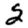
Digit: 2